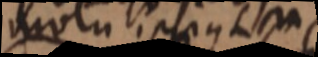
motu ipsius LM